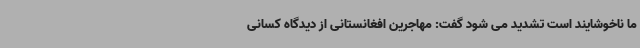
ما ناخوشایند است تشدید می شود گفت: مهاجرین افغانستانی از دیدگاه کسانی